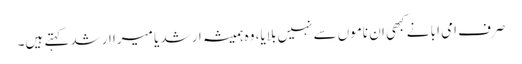
صرف امی ابا نے کبھی ان ناموں سے نہیں بلایا، وہ ہمیشہ ارشد یا میرا ارشد کہتے ہیں۔